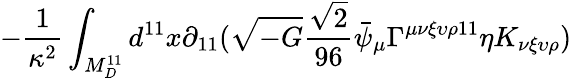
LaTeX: -\frac{1}{\kappa^{2}}\int_{M_{D}^{11}}d^{11}x\partial_{11}(\sqrt{-G}\frac{\sqrt{2}}{96}\bar{\psi}_{\mu}\Gamma^{\mu\nu\xi\upsilon\rho 11}\eta K_{\nu\xi\upsilon\rho})